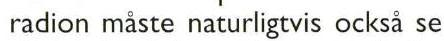
radion måste naturligtvis också se